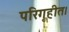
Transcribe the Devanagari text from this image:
परिगृहीत।